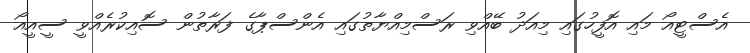
އެސްޓީއޯ މައި އޮފީހުގައި މިއަދު ބޭއްވި ރަސްމިއްޔާތުގައި އެންސްޕާގެ ފަރާތުން ސޮއިކުރެއްވީ ސީއީއޯ